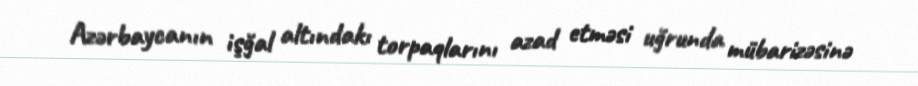
Azərbaycanın işğal altındakı torpaqlarını azad etməsi uğrunda mübarizəsinə